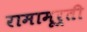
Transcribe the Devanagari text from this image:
रामामूर्ती